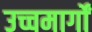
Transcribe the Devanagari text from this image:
उच्चमार्गों